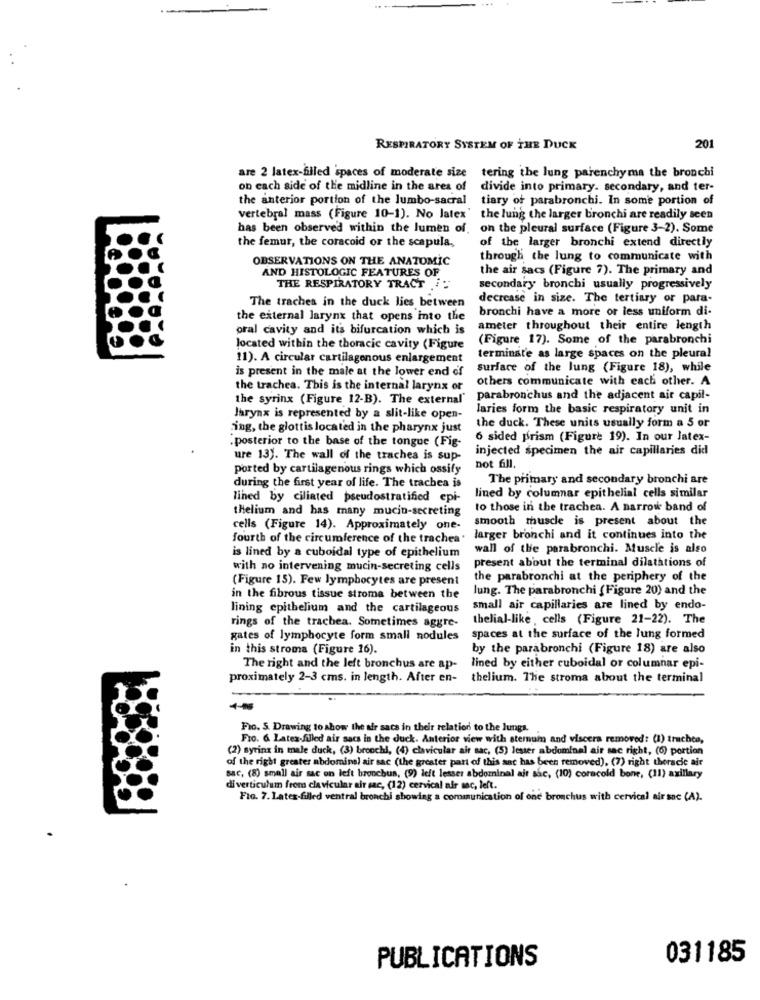
RESPIRATORY SYSTEM OF THE DUCK
201
are 2 latex-filed spaces of moderate size tering the lung parenchyma the bronchi
on each side of the midline in the area of
divide into primary, secondary, and ter-
the anterior portion of the Jumbo-sacral
tiary of parabronchi. In some portion of
vertebral mass (Figure 10-1). No Jatex'
the lung the larger bronchi are readily seen
has been observed within the lumen of, on the pleural surface (Figure 3-2). Some
the femur, the coracoid or the scapula,
of the larger bronchi extend directly
OBSERVATIONS ON THE ANATOMIC
through the lung to communicate with
the air sacs (Figure 7). The primary and
AND HISTOLOGIC FEATURES OF
THE RESPIRATORY TRACT . :
secondary bronchi usually progressively
The traches in the duck lies between
decrease in size. The tertiary or para-
bronchi have a more or less uniform di-
the external larynx that opens into the
oral cavity and its bifurcation which is
ameter throughout their entire length
(Figure 17). Some of the parabronchi
located within the thoracic cavity (Figure
11). A circular cartilagenous enlargement
terminate as large spaces on the pleural
is present in the male at the lower end of
surface of the lung (Figure 18), while
others communicate with each other. A
the trachea. This is the internal larynx or
the syrinx (Figure 12-B). The external
parabronchus and the adjacent air capit-
laries form the basic respiratory unit in
larynx is represented by a slit-like open-
the duck. These units usually form a 5 or
ing, the glottis located in the pharynx just
.posterior to the base of the tongue (Fig-
6 sided prism (Figure 19). In our Jatex-
injected specimen the air capillaries did
ure 13). The wall of the trachea is sup-
ported by cartilagenous rings which ossify
not fill.
The primary and secondary bronchi are
during the first year of life. The trachea is
lined by ciliated pseudostratified epi-
lined by columnar epithelial cells similar
thelium and has many mucin-secreting
to those in the trachea. A narrow band of
cells (Figure 14). Approximately one. smooth muscle is present about the
fourth of the circumference of the trachea. larger bronchi and it continues into the
wall of the parabronchi. Muscle is also
is lined by a cuboidal type of epithelium
present about the terminal dilatations of
with no intervening mucin-secreting cells
(Figure 15). Few lymphocytes are present
the parabronchi at the periphery of the
lung. The parabronchi (Figure 20) and the
in the fibrous tissue stroma between the
lining epithelium and the cartilageous
small air capillaries are lined by endo-
rings of the trachea. Sometimes aggre-
thelial-like , cells (Figure 21-22). The
gates of lymphocyte form small nodules spaces at the surface of the lung formed
in this stroma (Figure 16).
by the parabronchi (Figure 18) are also
The right and the left bronchus are ap-
lined by either cuboidal or columnar epi-
proximately 2-3 cms. in length. After en- thelium. The stroma about the terminal
Fic. S. Drawing to show the air sacs in their relation to the lungs.
Fro. & Latex-filled air sacs in the duck. Anterior view with sternum and viscera removed: (1) trachea,
(2) syrinx in male duck, (3) bronchi, (4) clavicular air sac, (5) lester abdominal air sac right, (6) portion
of the right greater abdominal air sac (the greater part of this sac has been removed), (7) right thoracic air
sac, (8) small air sac on left bronchus, (9) left lesser abdominal ait sac, (10) coracold bone, (11) axillary
diverticulum from clavicular air sac, (12) cervical alr mac, left.
Fio. 7. Lates-filled ventral bronchi showing a communication of one bronchus with cervical air snc (A).
PUBLICATIONS
031185